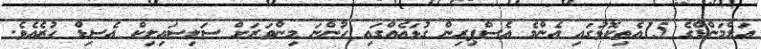
އަލްމަންޑްގެ 15އެތިކޮޅުގައި އެންމެ އެސްޕިރިން ގުޅައެއްގައި ހުންނަ މިންވަރަށް ސަލިސައިލިކް އެސިޑް ހުރެއެވެ.